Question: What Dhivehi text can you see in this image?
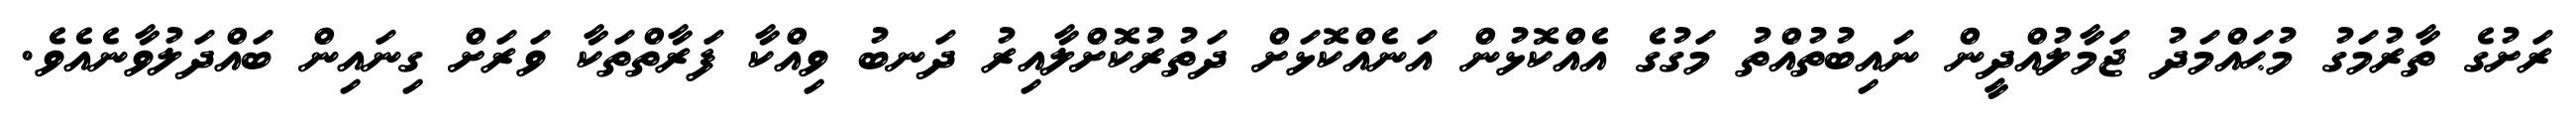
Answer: ރަށުގެ ތާރުމަގު މުޙައްމަދު ޖަމާލުއްދީން ނައިބުތުއްތު މަގުގެ އެއްކޮޅުން އަނެއްކޮޅަށް ދަތުރުކޮށްލާއިރު ދަނބު ވިއްކާ ފަރާތްތަކާ ވަރަށް ގިނައިން ބައްދަލުވާނެއެވެ.